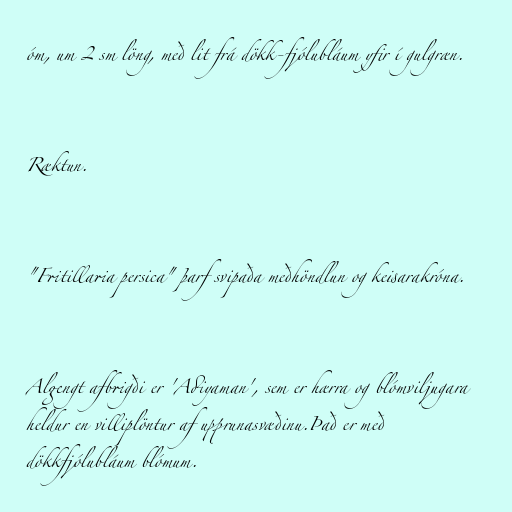
óm, um 2 sm löng, með lit frá dökk-fjólubláum yfir í gulgræn.

Ræktun.

"Fritillaria persica" þarf svipaða meðhöndlun og keisarakróna.

Algengt afbrigði er 'Adiyaman', sem er hærra og blómviljugara
heldur en villiplöntur af upprunasvæðinu.Það er með
dökkfjólubláum blómum.